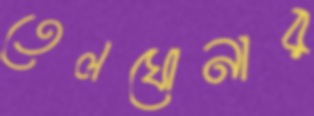
তেলঘোনার